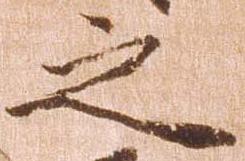
之